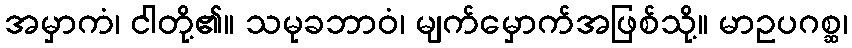
အမှာကံ၊ ငါတို့၏။ သမုခဘာဝံ၊ မျက်မှောက်အဖြစ်သို့။ မာဥပဂစ္ဆ၊